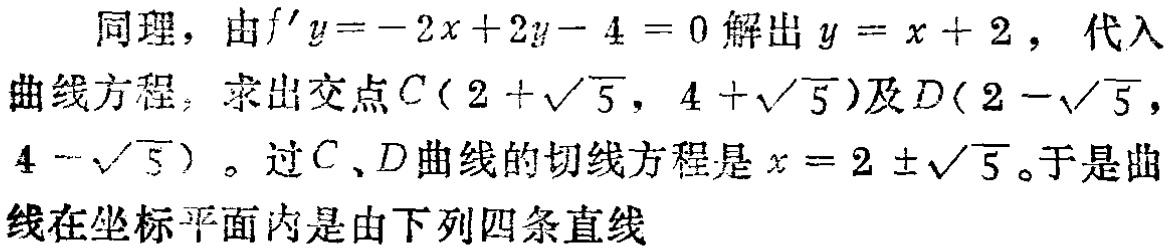
同理，由\(f^{\prime}y=-2x + 2y - 4 = 0\)解出\(y = x + 2\)，代入曲线方程，求出交点\(C(2+\sqrt{5},4+\sqrt{5})\)及\(D(2-\sqrt{5},4-\sqrt{5})\)。过\(C\)、\(D\)曲线的切线方程是\(x = 2\pm\sqrt{5}\)。于是曲线在坐标平面内是由下列四条直线